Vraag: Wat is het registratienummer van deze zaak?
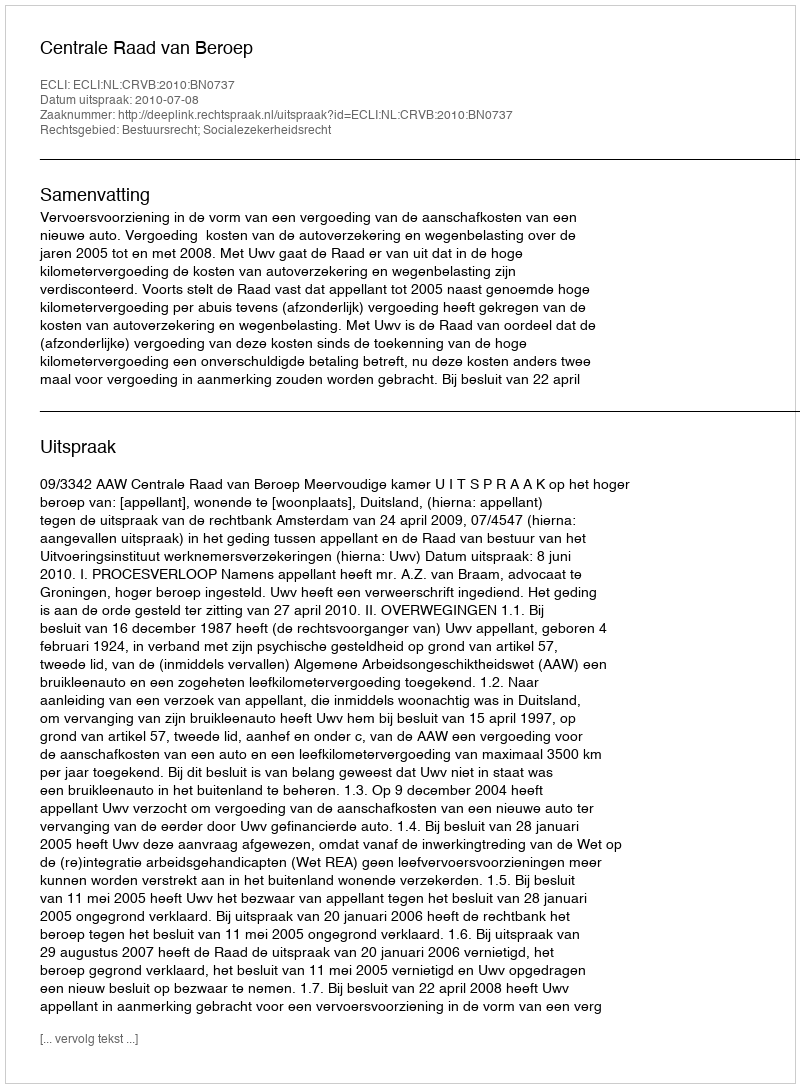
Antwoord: http://deeplink.rechtspraak.nl/uitspraak?id=ECLI:NL:CRVB:2010:BN0737